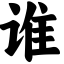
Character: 谁